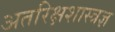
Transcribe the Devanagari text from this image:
अतरिक्षशास्त्रज्ञ